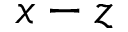
x - z